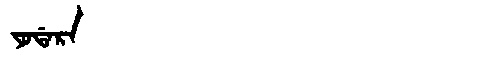
Manchu: ᠶᠣᡩᠠᡵᠠ
Romanization: YODARA